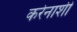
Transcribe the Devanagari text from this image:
करेेनाशी